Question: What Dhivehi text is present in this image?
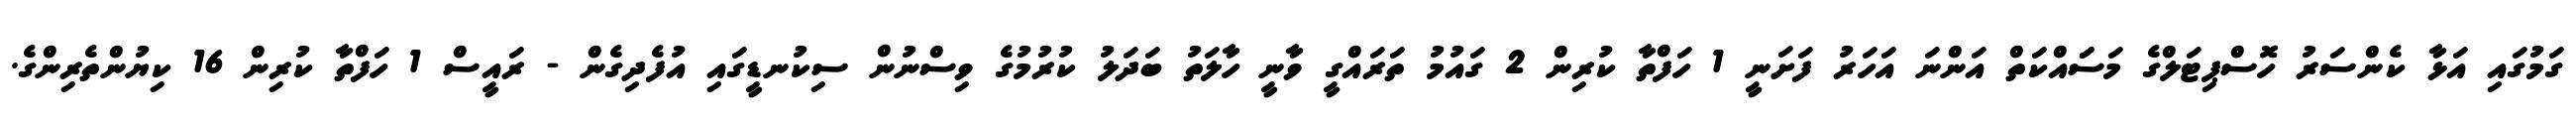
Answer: ގަމުގައި އަޅާ ކެންސަރު ހޮސްޕިޓަލްގެ މަސަައްކަތް އަންނަ އަހަރު ފަށަނީ 1 ހަފްތާ ކުރިން 2 ގައުމު ތަރައްގީ ވާނީ ހާލަތު ބަދަލު ކުރުމުގެ ވިސްނުން ސިކުނޑީގައި އުފެދިގެން - ރައީސް 1 ހަފްތާ ކުރިން 16 ކިޔުންތެރިންގެ.